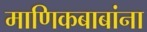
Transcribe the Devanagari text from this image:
माणिकबाबांना